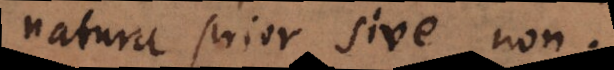
natura prior, sive non.